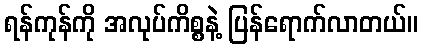
ရန်ကုန်ကို အလုပ်ကိစ္စနဲ့ ပြန်ရောက်လာတယ်။